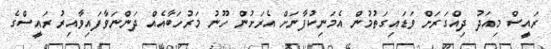
ރައީސް މިއަދު ދިއްގަރަށް ވަޑައިގަތުމުން އެމަނިކުފާނަށް އެރަށުން ހޫނު މަރުހަބާއެއް ދަންނަވާފައިވާއިރު ރައީސްގެ